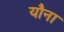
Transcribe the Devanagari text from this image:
यौना